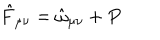
\hat { F } _ { \mu \nu } = \hat { \omega } _ { \mu \nu } + P